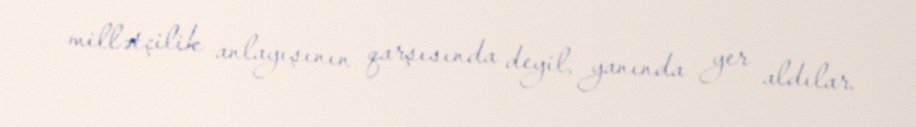
millətçilik anlayışının qarşısında deyil, yanında yer aldılar.